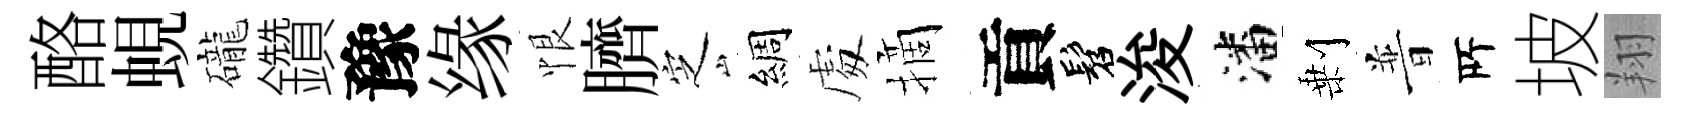
酪蜆礲鑽豫缘恨臍㝎綢䖏摘貢髫浚潘剰普𠩄坡翔